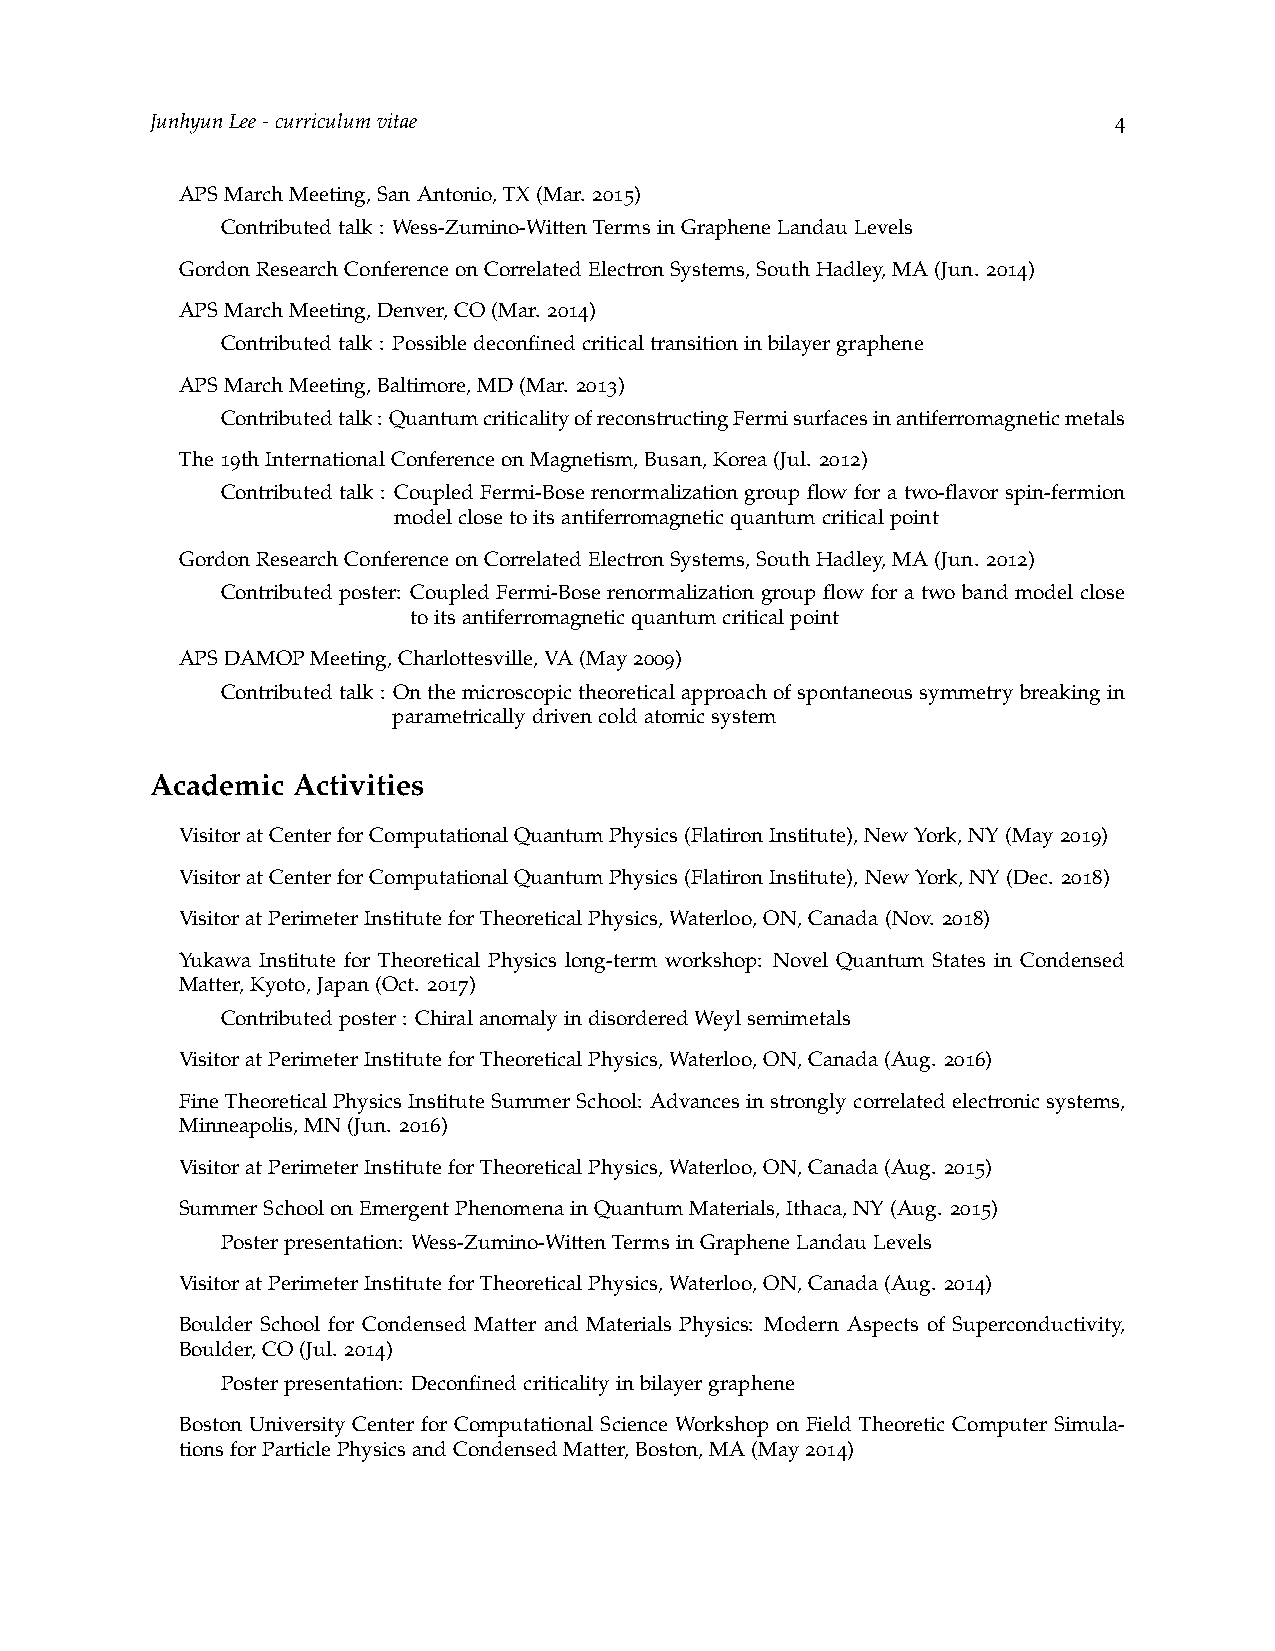
JunhyunLee-curriculumvitae                                      4
 APSMarchMeeting,SanAntonio,TX(Mar. 2015)
 Contributedtalk: Wess-Zumino-WittenTermsinGrapheneLandauLevels
 GordonResearchConferenceonCorrelatedElectronSystems,SouthHadley,MA(Jun. 2014)
 APSMarchMeeting,Denver,CO(Mar. 2014)
 Contributedtalk: Possibledeconfinedcriticaltransitioninbilayergraphene
 APSMarchMeeting,Baltimore,MD(Mar. 2013)
 Contributedtalk: QuantumcriticalityofreconstructingFermisurfacesinantiferromagneticmetals
 The19thInternationalConferenceonMagnetism,Busan,Korea(Jul. 2012)
 Contributed talk : Coupled Fermi-Bose renormalization group flow for a two-flavor spin-fermion
 m             modelclosetoitsantiferromagneticquantumcriticalpoint
 GordonResearchConferenceonCorrelatedElectronSystems,SouthHadley,MA(Jun. 2012)
 Contributed poster: Coupled Fermi-Bose renormalization group flow for a two band model close
 m              toitsantiferromagneticquantumcriticalpoint
 APSDAMOPMeeting,Charlottesville,VA(May2009)
 Contributedtalk: Onthemicroscopictheoreticalapproachofspontaneoussymmetrybreakingin
 m             parametricallydrivencoldatomicsystem
 Academic Activities
 VisitoratCenterforComputationalQuantumPhysics(FlatironInstitute),NewYork,NY(May2019)
 VisitoratCenterforComputationalQuantumPhysics(FlatironInstitute),NewYork,NY(Dec. 2018)
 VisitoratPerimeterInstituteforTheoreticalPhysics,Waterloo,ON,Canada(Nov. 2018)
 Yukawa Institute for Theoretical Physics long-term workshop: Novel Quantum States in Condensed
 Matter,Kyoto,Japan(Oct. 2017)
 Contributedposter: ChiralanomalyindisorderedWeylsemimetals
 VisitoratPerimeterInstituteforTheoreticalPhysics,Waterloo,ON,Canada(Aug. 2016)
 FineTheoreticalPhysicsInstituteSummerSchool: Advancesinstronglycorrelatedelectronicsystems,
 Minneapolis,MN(Jun. 2016)
 VisitoratPerimeterInstituteforTheoreticalPhysics,Waterloo,ON,Canada(Aug. 2015)
 SummerSchoolonEmergentPhenomenainQuantumMaterials,Ithaca,NY(Aug. 2015)
 Posterpresentation: Wess-Zumino-WittenTermsinGrapheneLandauLevels
 VisitoratPerimeterInstituteforTheoreticalPhysics,Waterloo,ON,Canada(Aug. 2014)
 Boulder School for Condensed Matter and Materials Physics: Modern Aspects of Superconductivity,
 Boulder,CO(Jul. 2014)
 Posterpresentation: Deconfinedcriticalityinbilayergraphene
 Boston University Center for Computational Science Workshop on Field Theoretic Computer Simula-
 tionsforParticlePhysicsandCondensedMatter,Boston,MA(May2014)